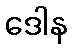
ဒေါန